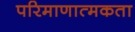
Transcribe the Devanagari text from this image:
परिमाणात्मकता